Vaccination in Bombay 1869-1873 - 1869-1873
Year: 1869
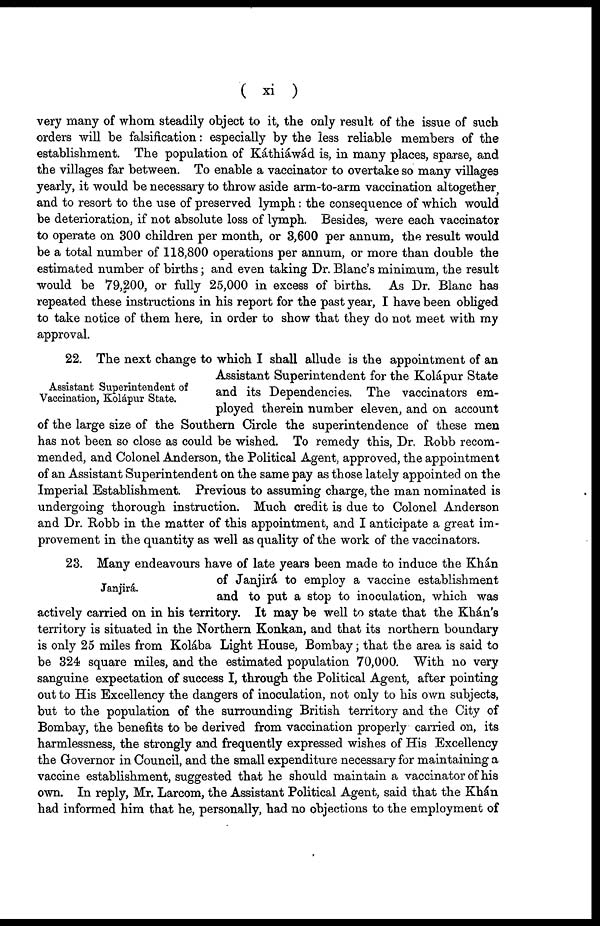
( xi )
very many of whom steadily object to it, the only result of the issue of such
orders will be falsification: especially by the less reliable members of the
establishment. The population of Káthiáwád is, in many places, sparse, and
the villages far between. To enable a vaccinator to overtake so many villages
yearly, it would be necessary to throw aside arm-to-arm vaccination altogether,
and to resort to the use of preserved lymph: the consequence of which would
be deterioration, if not absolute loss of lymph. Besides, were each vaccinator
to operate on 300 children per month, or 3,600 per annum, the result would
be a total number of 118,800 operations per annum, or more than double the
estimated number of births; and even taking Dr. Blanc's minimum, the result
would be 79,200, or fully 25,000 in excess of births. As Dr. Blanc has
repeated these instructions in his report for the past year, I have been obliged
to take notice of them here, in order to show that they do not meet with my
approval.
Assistant Superintendent of
Vaccination, Kolápur State.
22. The next change to which I shall allude is the appointment of an
Assistant Superintendent for the Kolápur State
and its Dependencies. The vaccinators em-
ployed therein number eleven, and on account
of the large size of the Southern Circle the superintendence of these men
has not been so close as could be wished. To remedy this, Dr. Robb recom-
mended, and Colonel Anderson, the Political Agent, approved, the appointment
of an Assistant Superintendent on the same pay as those lately appointed on the
Imperial Establishment. Previous to assuming charge, the man nominated is
undergoing thorough instruction. Much credit is due to Colonel Anderson
and Dr. Robb in the matter of this appointment, and I anticipate a great im-
provement in the quantity as well as quality of the work of the vaccinators.
Janjirá.
23. Many endeavours have of late years been made to induce the Khán
of Janjirá to employ a vaccine establishment
and to put a stop to inoculation, which was
actively carried on in his territory. It may be well to state that the Khán's
territory is situated in the Northern Konkan, and that its northern boundary
is only 25 miles from Kolába Light House, Bombay; that the area is said to
be 324 square miles, and the estimated population 70,000. With no very
sanguine expectation of success I, through the Political Agent, after pointing
out to His Excellency the dangers of inoculation, not only to his own subjects,
but to the population of the surrounding British territory and the City of
Bombay, the benefits to be derived from vaccination properly carried on, its
harmlessness, the strongly and frequently expressed wishes of His Excellency
the Governor in Council, and the small expenditure necessary for maintaining a
vaccine establishment, suggested that he should maintain a vaccinator of his
own. In reply, Mr. Larcom, the Assistant Political Agent, said that the Khán
had informed him that he, personally, had no objections to the employment of